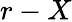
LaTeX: r-X